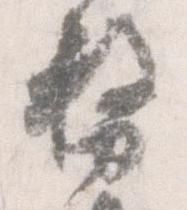
務